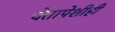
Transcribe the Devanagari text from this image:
चेतापेशीही